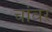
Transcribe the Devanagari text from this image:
चांवर